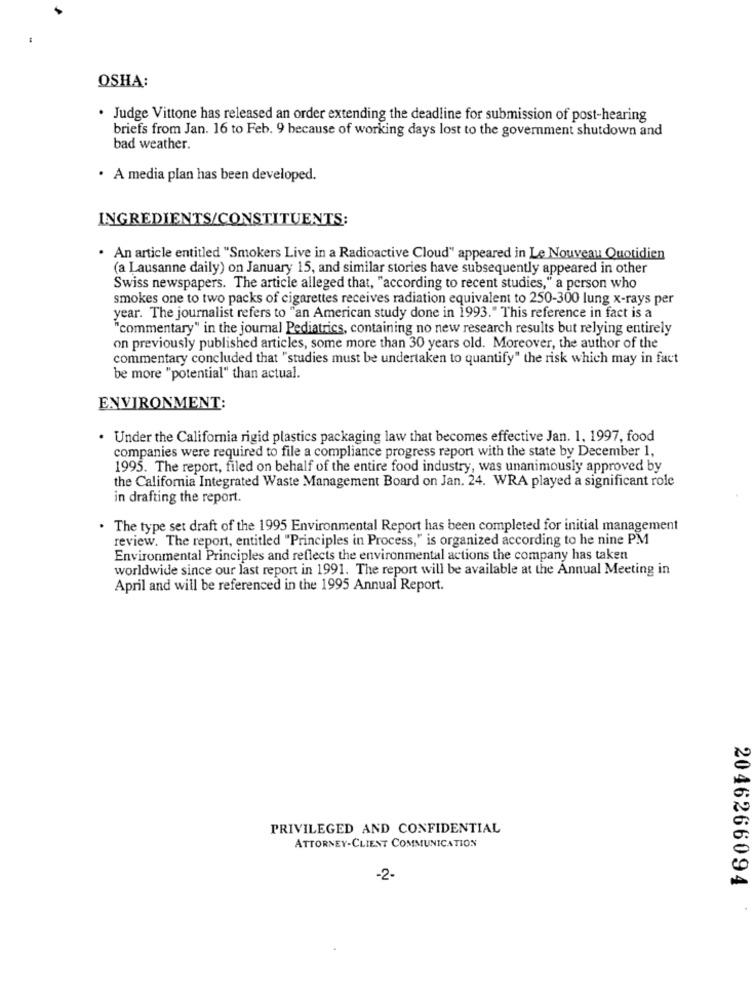
OSHA:
. Judge Vittone has released an order extending the deadline for submission of post-hearing
briefs from Jan. 16 to Feb. 9 because of working days lost to the government shutdown and
bad weather.
· A media plan has been developed.
INGREDIENTS/CONSTITUENTS:
. An article entitled "Smokers Live in a Radioactive Cloud" appeared in Le Nouveau Quotidien
(a Lausanne daily) on January 15, and similar stories have subsequently appeared in other
Swiss newspapers. The article alleged that, "according to recent studies," a person who
smokes one to two packs of cigarettes receives radiation equivalent to 250-300 lung x-rays per
year. The journalist refers to "an American study done in 1993." This reference in fact is a
"commentary" in the journal Pediatrics, containing no new research results but relying entirely
on previously published articles, some more than 30 years old. Moreover, the author of the
commentary concluded that "studies must be undertaken to quantify" the risk which may in fact
be more "potential" than actual.
ENVIRONMENT:
. Under the California rigid plastics packaging law that becomes effective Jan. 1. 1997, food
companies were required to file a compliance progress report with the state by December 1,
1995. The report, filed on behalf of the entire food industry, was unanimously approved by
the California Integrated Waste Management Board on Jan. 24. WRA played a significant role
in drafting the report.
. The type set draft of the 1995 Environmental Report has been completed for initial management
review. The report, entitled "Principles in Process," is organized according to he nine PM
Environmental Principles and reflects the environmental actions the company has taken
worldwide since our last report in 1991. The report will be available at the Annual Meeting in
April and will be referenced in the 1995 Annual Report.
PRIVILEGED AND CONFIDENTIAL
ATTORNEY-CLIENT COMMUNICATION
-2-
2046266094